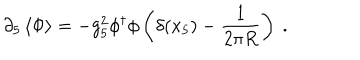
\partial _ { 5 } \left\langle { \Phi } \right\rangle = - g _ { 5 } ^ { 2 } \phi ^ { \dagger } \phi \left( \delta ( x _ { 5 } ) - { \frac { 1 } { 2 \pi R } } \right) \ .